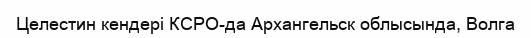
Целестин кендері КСРО-да Архангельск облысында, Волга